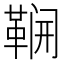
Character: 𮧛